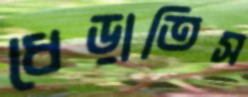
ধেড়াতিস